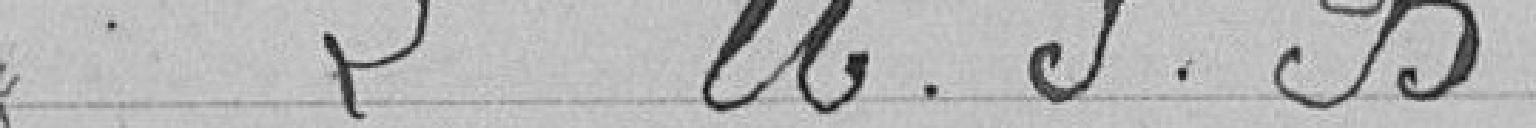
> L'U.S.B.